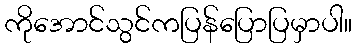
ကိုအောင်သွင်ကပြန်ပြောပြမှာပါ။